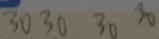
3 0 3 0 3 0 3 0